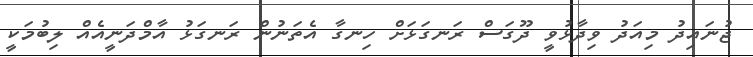
ޖުނައިދު މިއަދު ވިދާޅުވީ ދޫގަސް ރަނގަޅަށް ހިނގާ އެތަނުން ރަނގަޅު އާމްދަނީއެއް ލިބުމަކީ